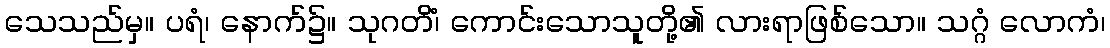
သေသည်မှ။ ပရံ၊ နောက်၌။ သုဂတိံ၊ ကောင်းသောသူတို့၏ လားရာဖြစ်သော။ သဂ္ဂံ လောကံ၊